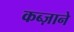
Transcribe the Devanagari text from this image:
कब्ज़ाने